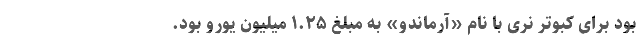
بود برای کبوتر نری با نام «آرماندو» به مبلغ ۱.۲۵ میلیون یورو بود.